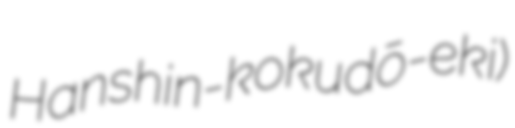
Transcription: Hanshin-kokudō-eki)